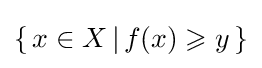
\{\,x\in X\,|\,f(x)\geqslant y\,\}